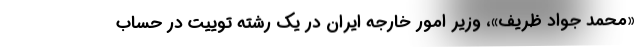
«محمد جواد ظریف»، وزیر امور خارجه ایران در یک رشته توییت در حساب